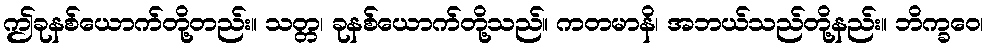
ဤခုနစ်ယောက်တို့တည်း။ သတ္တ၊ ခုနစ်ယောက်တို့သည်။ ကတမာနိ၊ အဘယ်သည်တို့နည်း။ ဘိက္ခဝေ၊